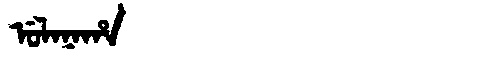
Manchu: ᡠᠯᠠᠨᠠᡥᠠ
Romanization: ULANAHA